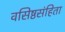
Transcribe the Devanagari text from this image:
वसिष्ठसंहिता